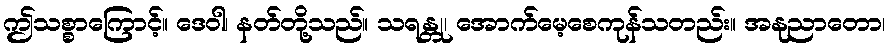
ဤသစ္စာကြောင့်။ ဒေဝါ၊ နတ်တို့သည်။ သရန္တု၊ အောက်မေ့စေကုန်သတည်း။ အနုညာတော၊